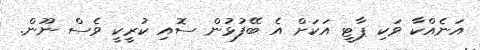
އަނެއްކާ ވަކި ޕާޓީ އަކަށް އެ ބޭފުޅުން ސޮއި ކުރީކީ ވެސް ނޫން.